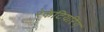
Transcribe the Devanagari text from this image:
रेकेटियरिंग